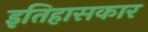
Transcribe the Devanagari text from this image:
इतिहासकार